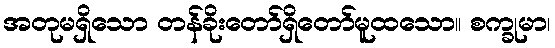
အတုမရှိသော တန်ခိုးတော်ရှိတော်မူထသော။ စက္ခုမာ၊